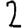
Digit: 2